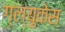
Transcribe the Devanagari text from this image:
ग्ल्युकेस